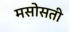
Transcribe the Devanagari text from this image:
मसोसती